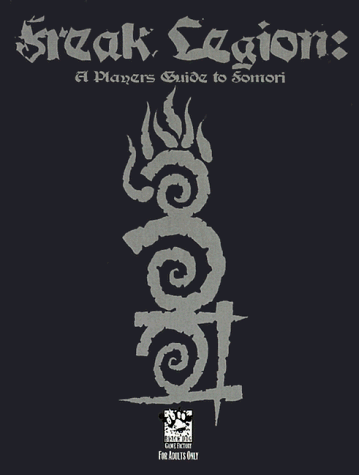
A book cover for Freak Legion: A Player's Guide to Fomori; Steve Brown; Science Fiction & Fantasy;